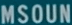
MSOUN